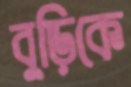
বুড়িকে